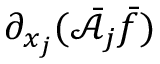
\partial _ { x _ { j } } ( \bar { \mathcal { A } } _ { j } \bar { f } )